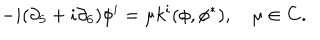
- i ( \partial _ { 5 } + i \partial _ { 6 } ) \phi ^ { i } = \mu k ^ { i } ( \phi , \phi ^ { * } ) , \quad \mu \in { \bf C } .